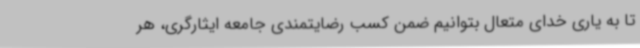
تا به یاری خدای متعال بتوانیم ضمن کسب رضایتمندی جامعه ایثارگری، هر